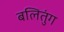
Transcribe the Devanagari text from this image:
बलितुंग